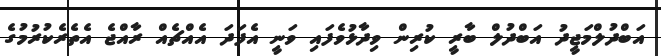
އަބްދުލްމަޖީދު އަބްދުލް ބާރީ ކުރިން ވިދާޅުވެފައި ވަނީ އެފަދަ އެއްޗެއް ރާއްޖެ އެތެރެކުރުމުގެ